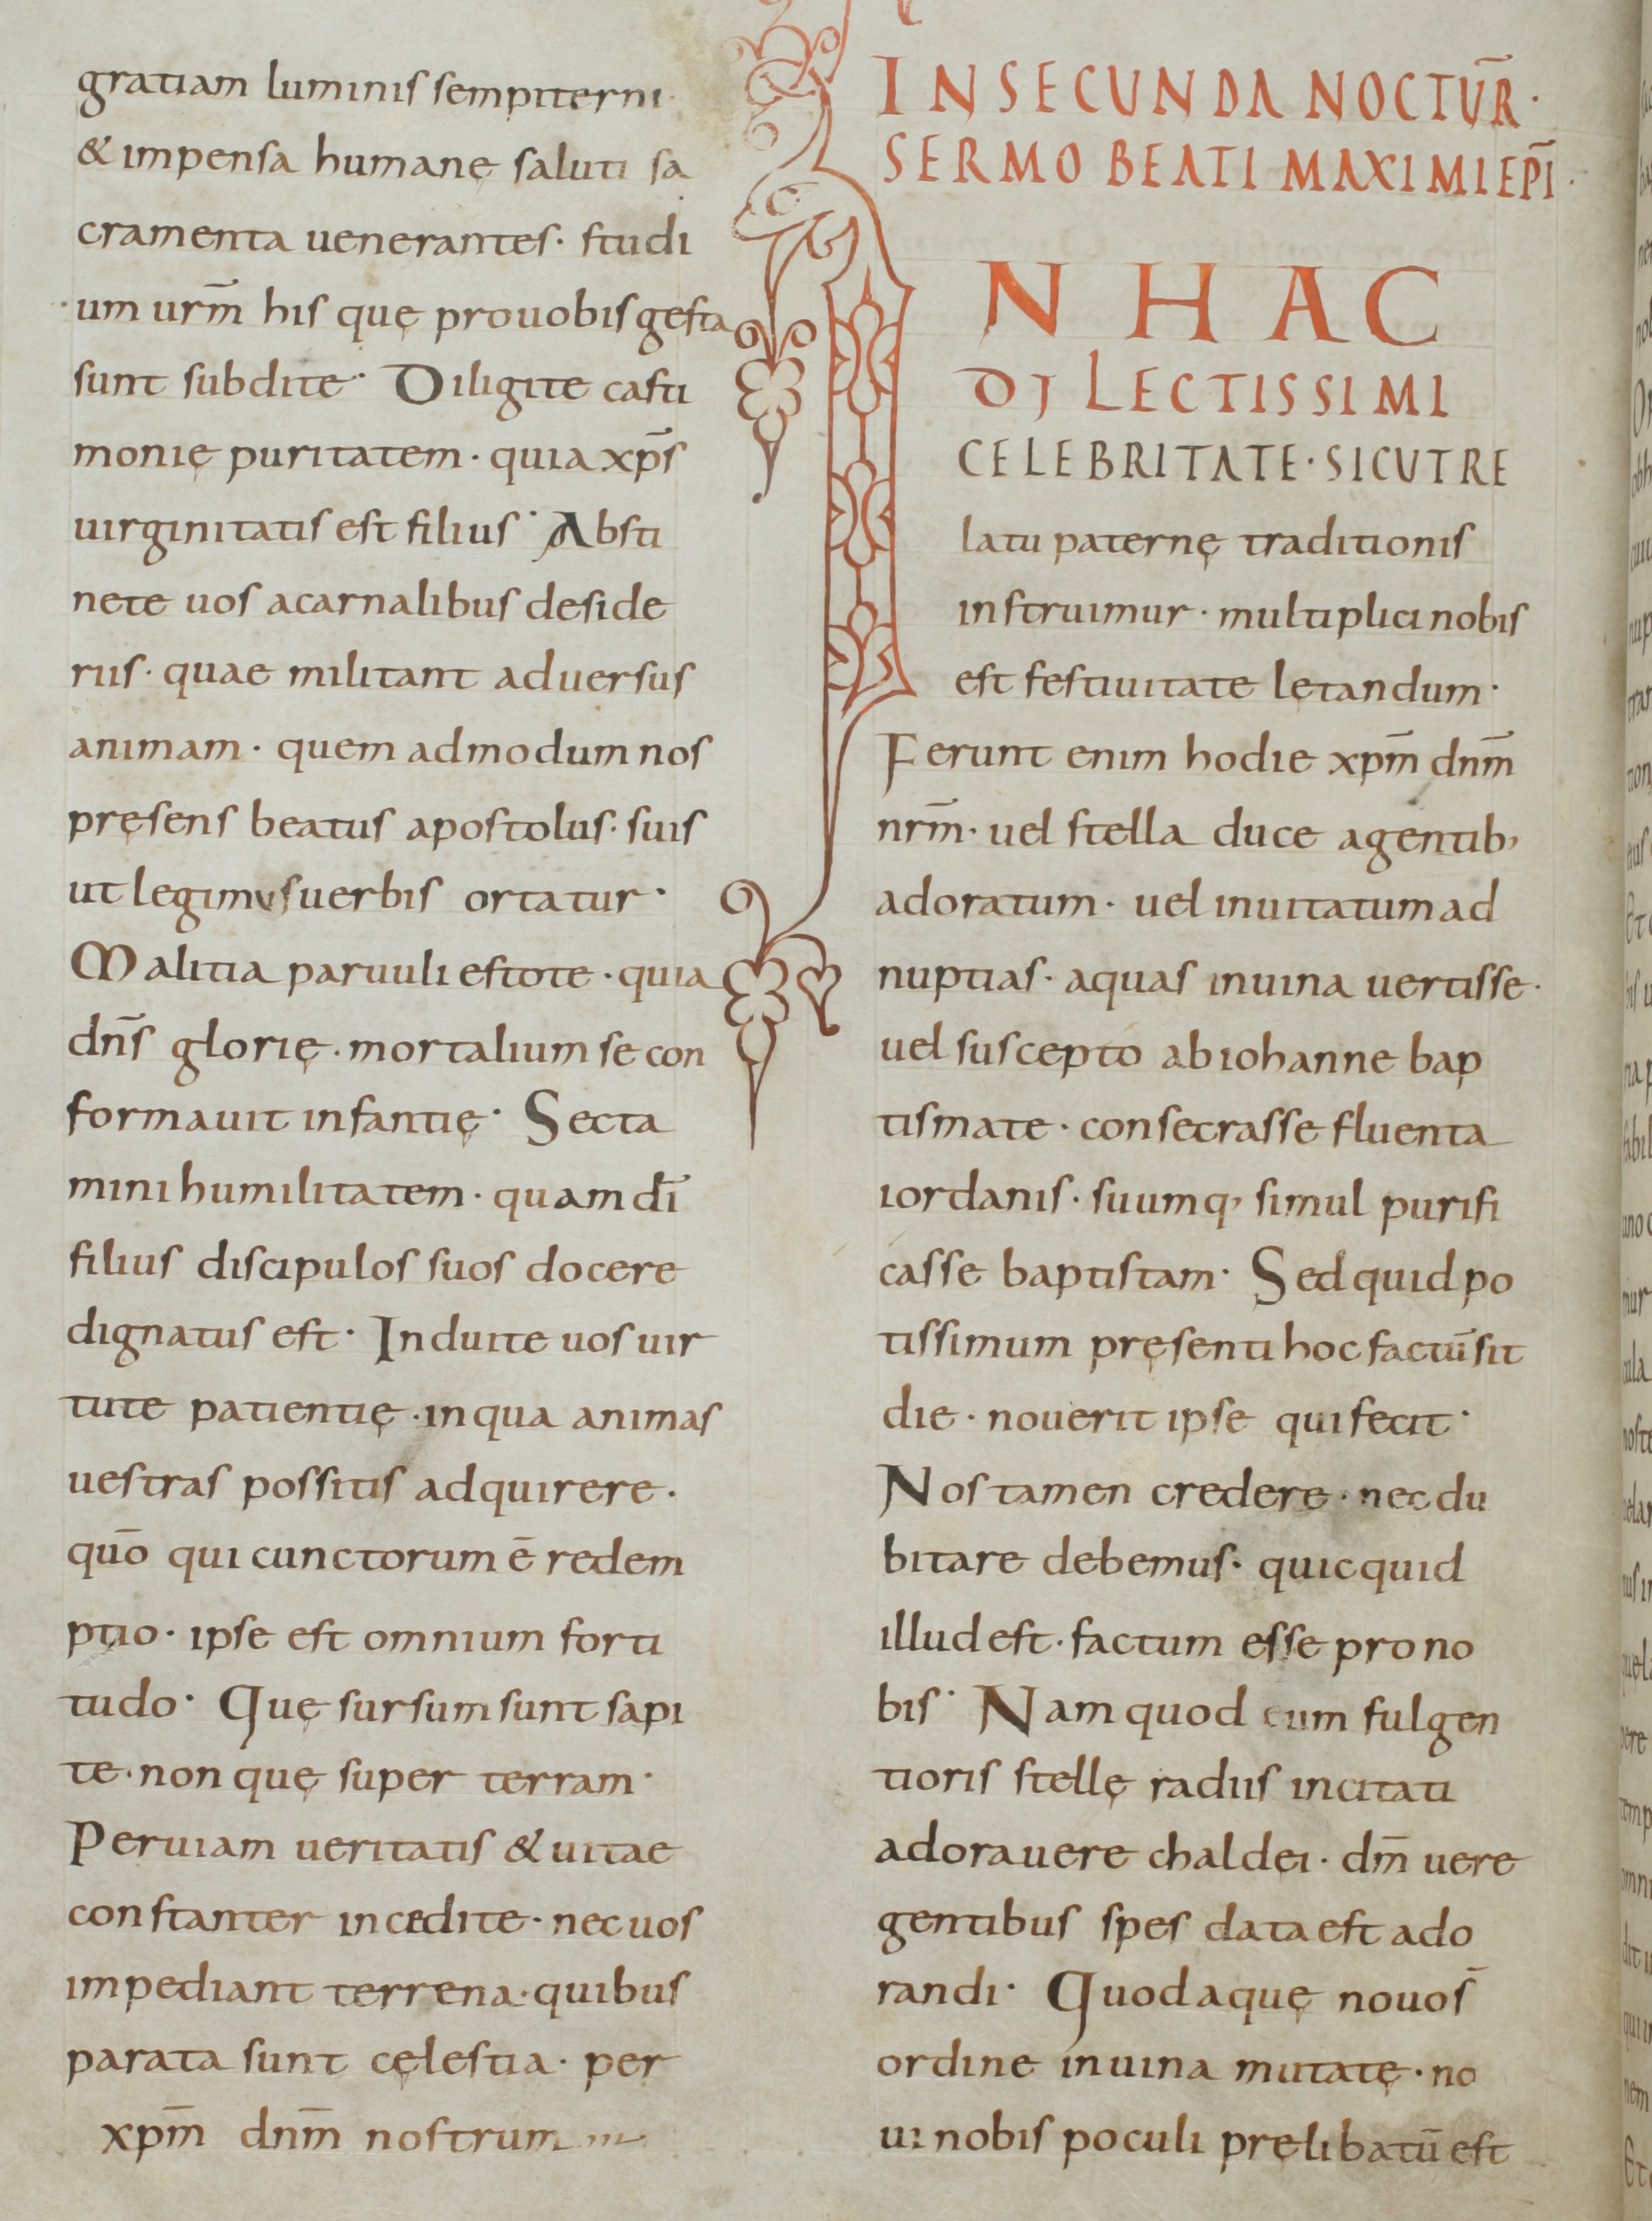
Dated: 800–899